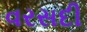
વરસદી